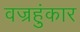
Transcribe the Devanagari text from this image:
वज्रहुंकार